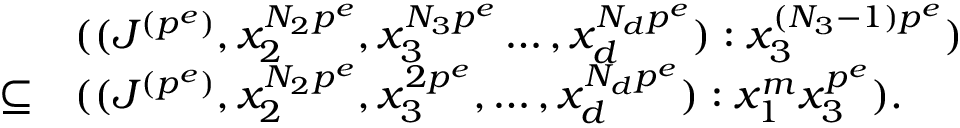
\begin{array} { l l } & { ( ( J ^ { ( p ^ { e } ) } , x _ { 2 } ^ { N _ { 2 } p ^ { e } } , x _ { 3 } ^ { N _ { 3 } p ^ { e } } \ldots , x _ { d } ^ { N _ { d } p ^ { e } } ) : x _ { 3 } ^ { ( N _ { 3 } - 1 ) p ^ { e } } ) } \\ { \subseteq } & { ( ( J ^ { ( p ^ { e } ) } , x _ { 2 } ^ { N _ { 2 } p ^ { e } } , x _ { 3 } ^ { 2 p ^ { e } } , \ldots , x _ { d } ^ { N _ { d } p ^ { e } } ) : x _ { 1 } ^ { m } x _ { 3 } ^ { p ^ { e } } ) . } \end{array}